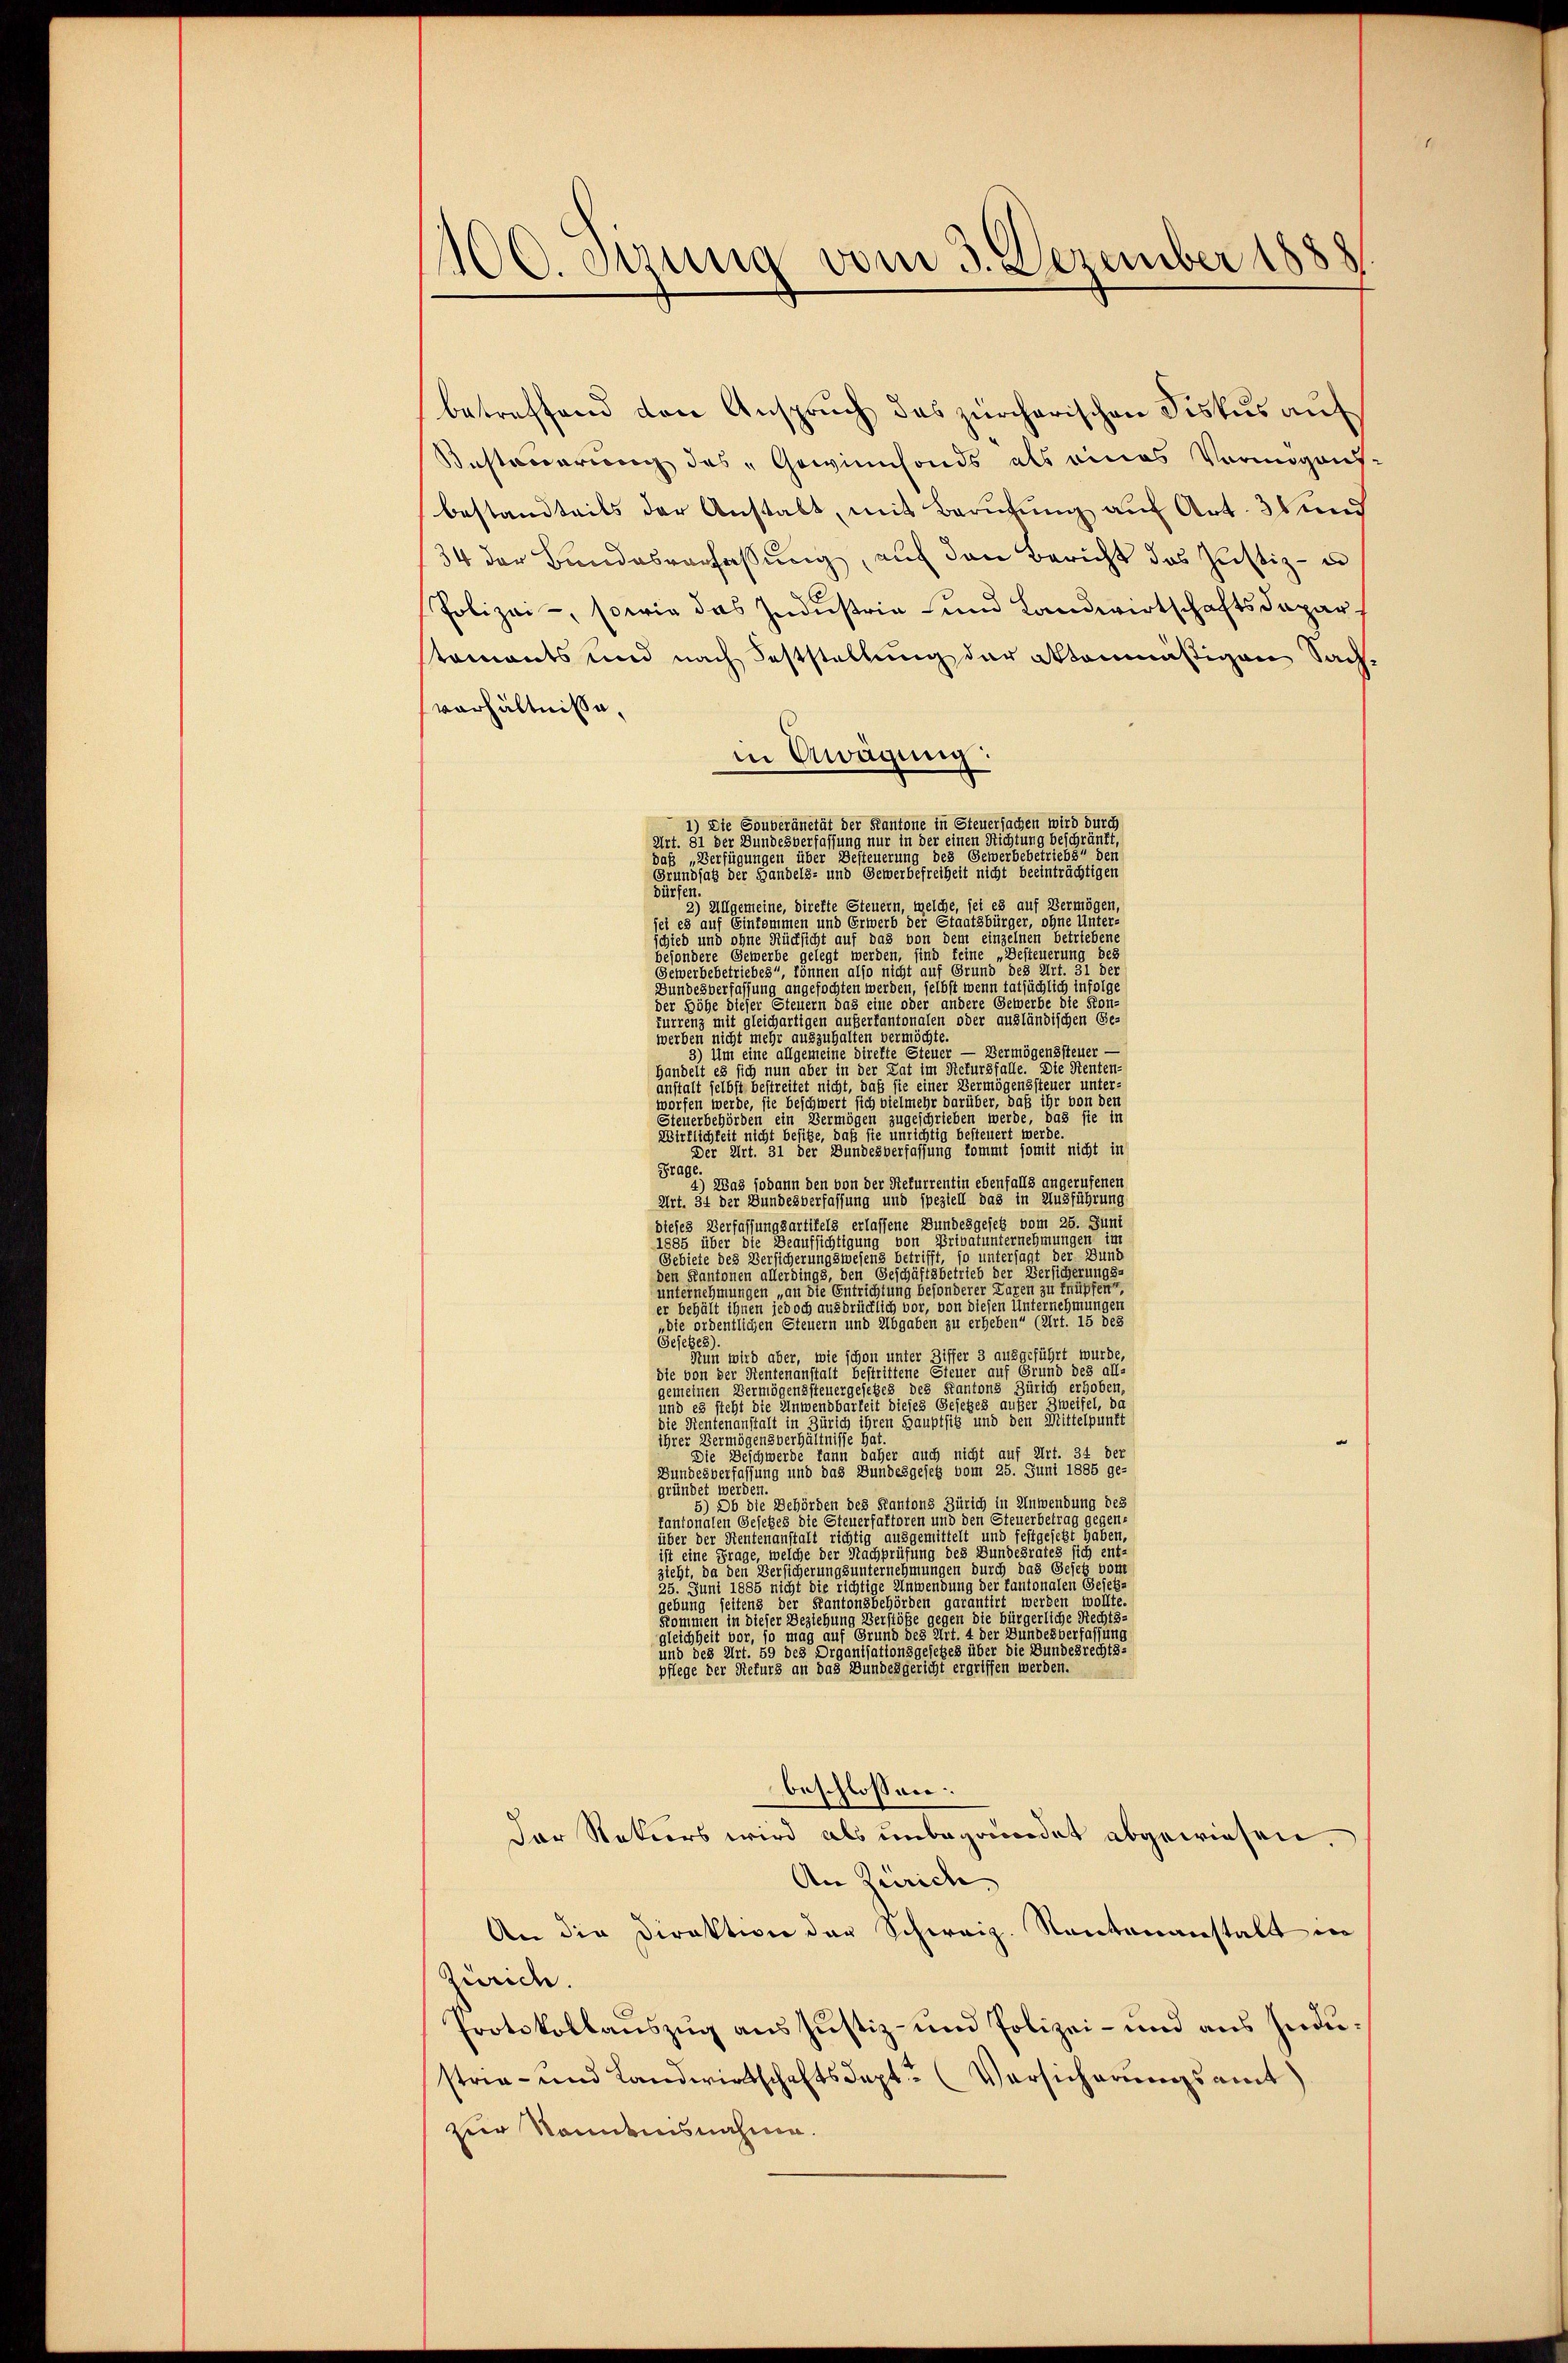
100. Jung vom 3. Dezember 1888

betretten den Anspruch das Kircherischen Fiskus ant
Butteraring des „Gewinnfonds als eines Vermögens-
bestandteils der Anstalt, mit Berufung auf Art. 36 und
34 der Bundesverhaltung, auf den Bericht das Zustiz- u
Polizei-, sowie das Industria und Landwirtschaftsdaparstaments und nach Feststellung der Aktenmäßigen Sache
verhältniße,
in Awagung:
1) Die Souveränetät der Kantone in Steuersachen wird durch
Art. 81 der Bundesverfassung nur in der einen Richtung beschränkt,
das „Verfügungen über Besteuerung des Gewerbebetriebs“ den
Grundsatz der Handels- und Gewerbefreiheit nicht beeinträchtigen
Fürfen
2) Allgemeine, direkte Steuern, welche, sei es auf Vermögen,
sei es auf Einkommen und Erwerb der Staatsbürger, ohne Unter-
chied und ohne Rücksicht auf das von dem einzelnen betriebene
gesondere Gewerbe gelegt werden, sind feine „Besteuerung bez
Gewerbebetriebes, können also nicht auf Grund des Art. 31 der
Bundesverfassung angefochten werden, selbst wenn tatsächlich infol
er Höhe dieser Steuern das eine oder andere Gewerbe die Konn oder ausländischen Ge-
Furrenz mit gleichartigen außerkanton
werben nicht mehr auszuhalten vermöchte.
3) Um eine allgemeine direkte Steuer — Vermögenssteuer —
handelt es sich nun aber in der Lat im Rekursfalle. Die Renten-
nstalt selbst bestreitet nicht, daß sie einer Vermögenssteuer unter-
orfen werde, sie beschwert sich vielmehr darüber, daß ihr von den
Steuerbehörden ein Vermögen zugeschrieben werde, das sie in
Wirklichkeit nicht besitze, daß sie unrichtig besteuert werde
Der Art. 31 der Bundesverfassung kommt somit nicht in
Frag
2) Was sodann den von der Rekurrentin ebenfalls angerufenen
Art. 34 der Bundesverfassung und speziell das in Ausführung
dieses Verfassungsartifels erlassene Bundesgesetz vom 25. Juni
igen im
1885 über die Beaufsichtigung von Privatunterneh
Gebiete des Versicherungswesens betrifft, so untersagt der Du
den Kantonen allerdings, den Geschäftsbetrieb der Versicher
internehmungen „an die Entrichtung besonderer Laren zu knüpfen,
er behält ihnen jedoch ausdrücklich vor, von diesen Unternehmung,
die ordentlichen Steuern und Abgaben zu erheben“ (Art. 15 des
Gesetzes)
Nun wird aber, wie schon unter Ziffer 3 ausgeführt wurde,
die von der Rentenanstalt bestrittene Steuer auf Grund des all-
gemeinen Vermögenssteuergesetzes des Kantons Zürich erhoben,
und es steht die Anwendbarkeit dieses Gesetzes außer Zweifel, da
die Rentenanstalt in Zürich ihren Hauptsitz und den Mittelpunft
ihrer Vermögensverhältnisse hat.
Die Beschwerde kann daher auch nicht auf Art. 34 der
Bundesverfassung und das Bundesgesetz vom 25. Juni 1885 gegründet werden.
5) Ob die Behörden des Kantons Zürich in Anwendung des
tantonalen Gesetzes die Steuerfaktoren und den Steuerbetrag gege
über der Rentenanstalt richtig ausgemittelt und festgesetzt haben,
ist eine Frage, welche der Nachprüfung des Bundesrates sich en
zieht, da den Versicherungsunternehmungen durch das Gesetz vo
25. Juni 1885 nicht die richtige Anwendung der kantonalen Gesetz-
gebung seitens der Kantonsbehörden garantirt werden wollte.
kommen in dieser Beziehung Verstöße gegen die bürgerliche Rechts-
gleichheit vor, so mag auf Grund des Art. 4 der Bundesverfassung
und des Art. 59 des Organisationsgesetzes über die Bundesrechts
pflege der Rekurs an das Bundesgericht ergriffen werden.
beschlossen:
Der Natiers wird als unbegründet abgewiesen,
An Zürich
An die Direktion der Schweiz. Kantonanstalt in
Zürich.
Protokollauszug aus Justiz- und Polizei- und aus Mastria- und Landwirtschaftsdept-Versicherungsamt
zer Sonnenisnahme.